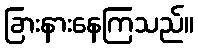
ခြားနားနေကြသည်။